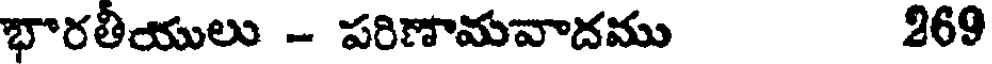
భారతీయులు - పరిణామవాదము 269